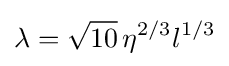
\lambda ={\sqrt {10}}\,\eta ^{2/3}l^{1/3}